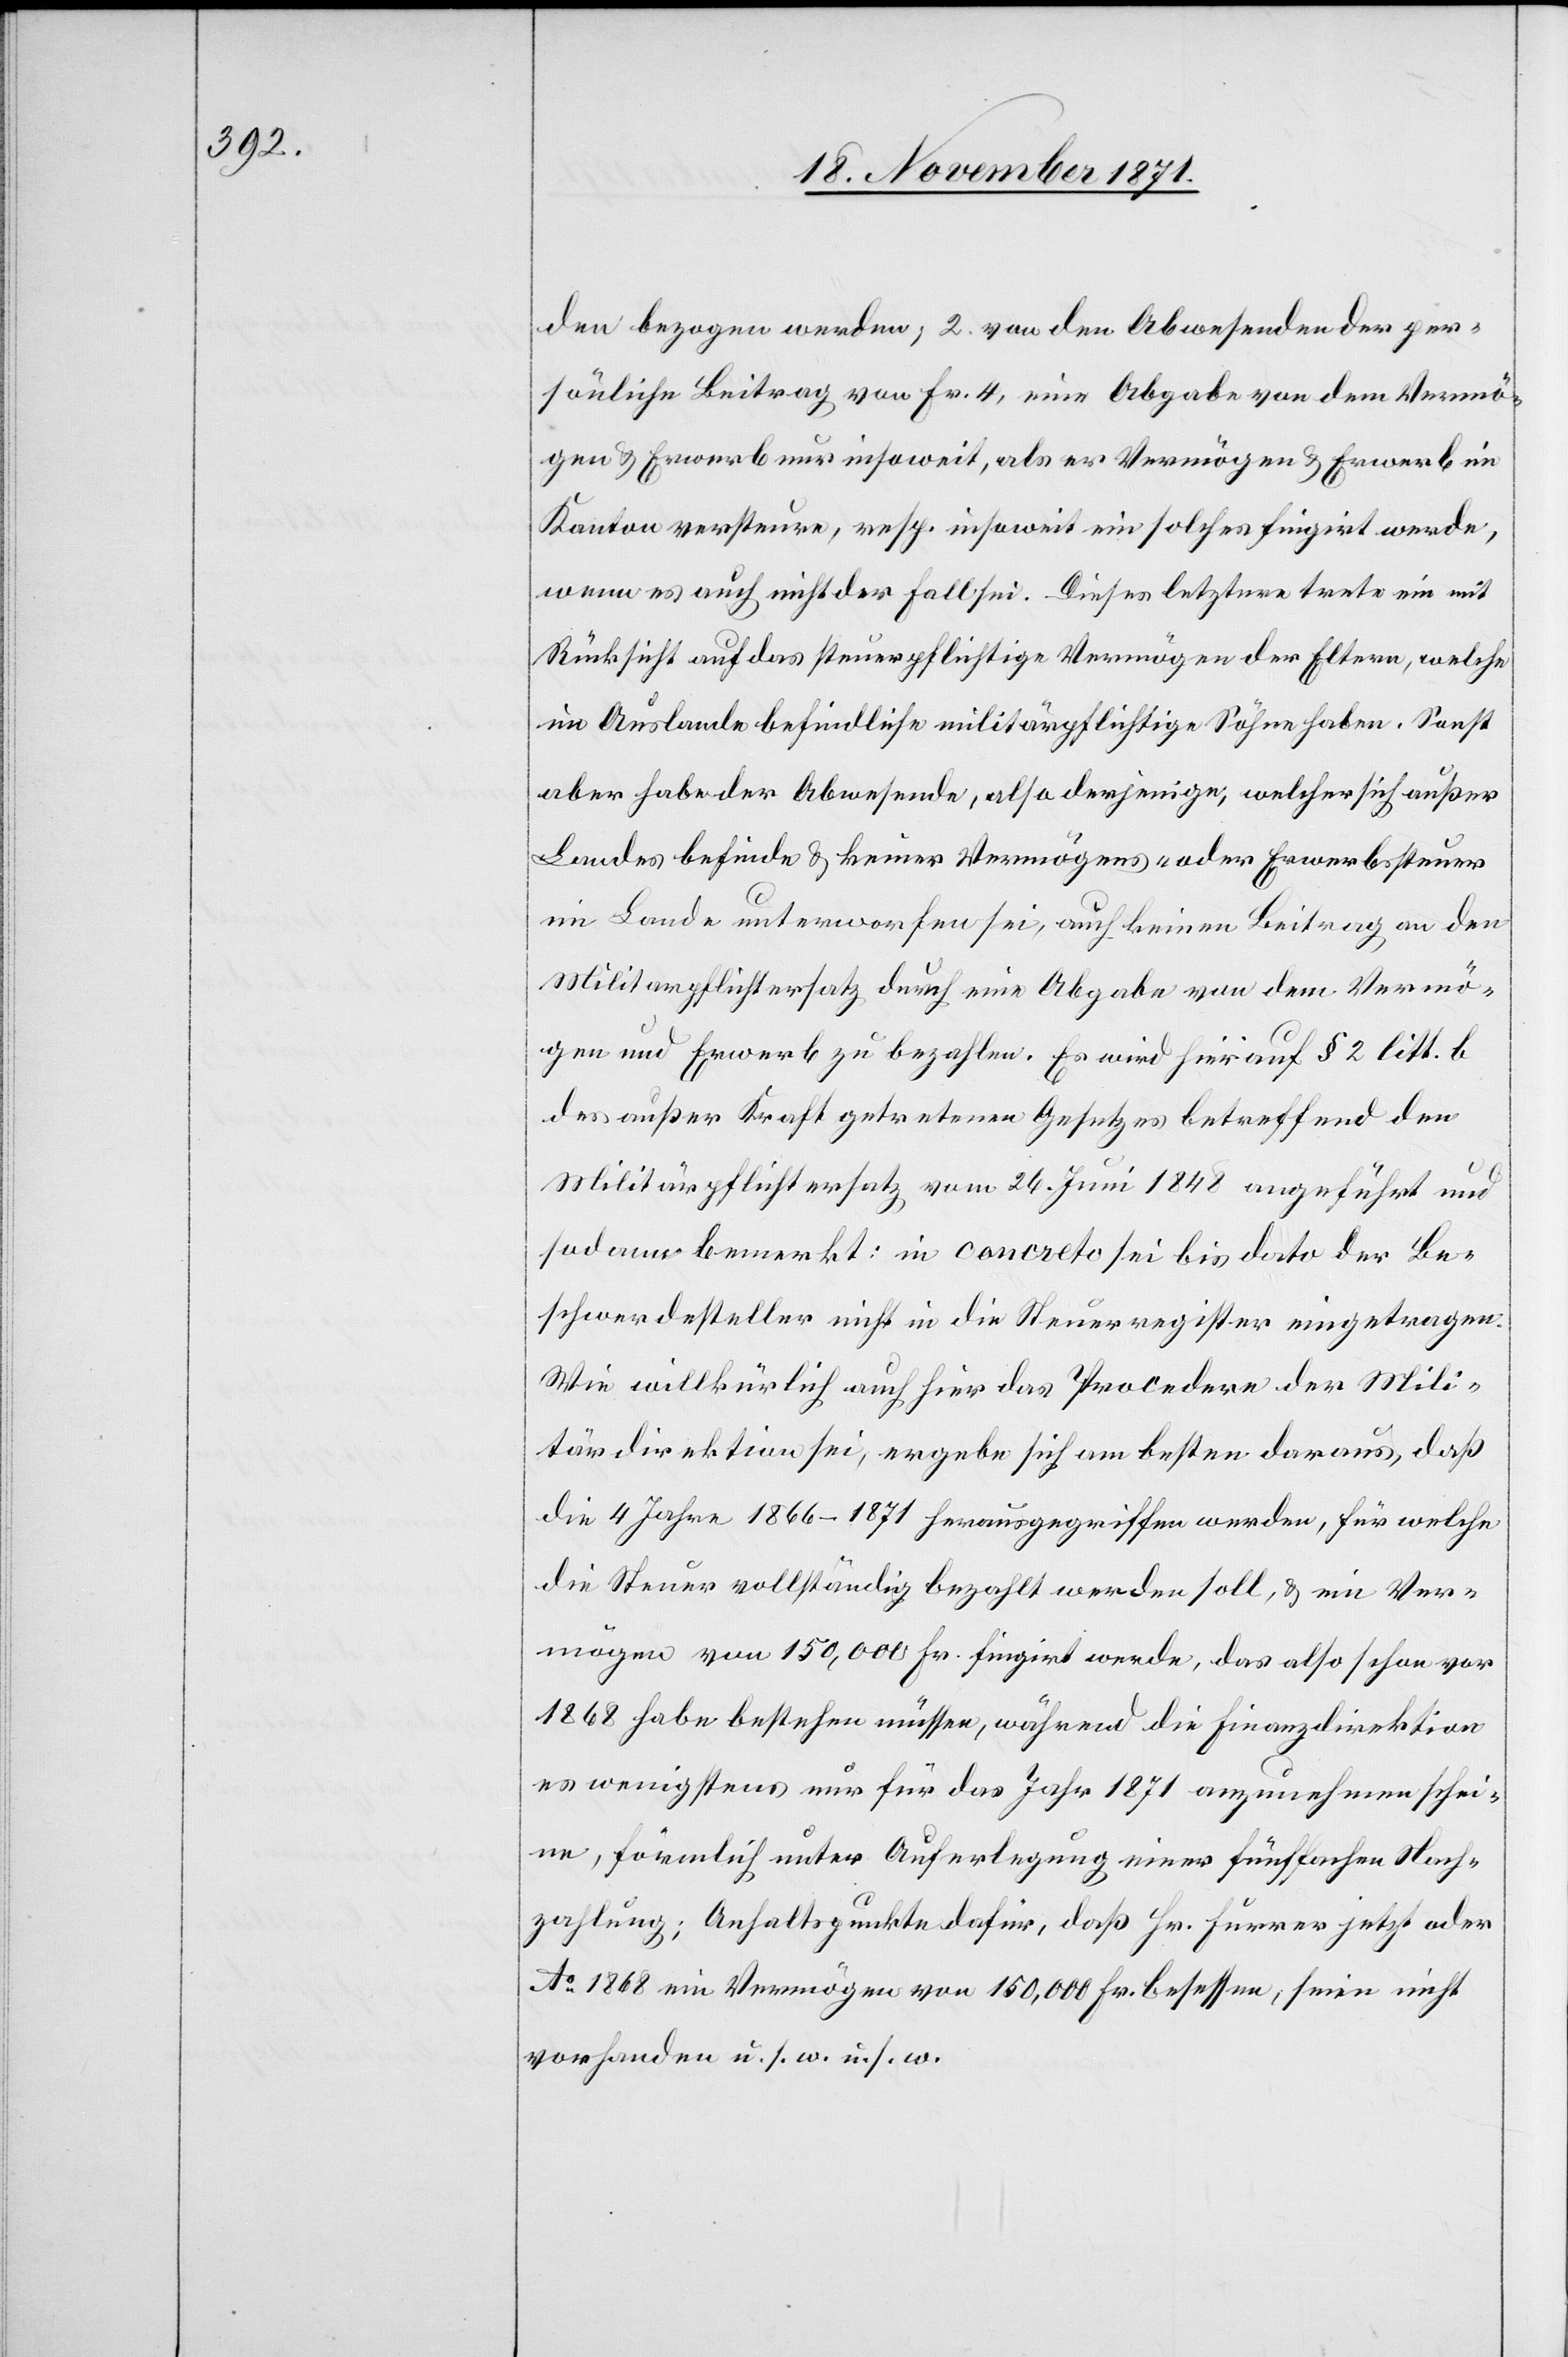
den bezogen werden, 2. von den Abwesenden der per¬
sönliche Beitrag von Fr. 4, eine Abgabe von dem Vermö¬
gen & Erwerb nur insoweit, als er Vermögen & Erwerb im
Kanton versteure, resp. insoweit ein solches fingirt werde,
wenn es auch nicht der Fall sei. Dieses letztere trete ein mit
Rücksicht auf das steuerpflichtige Vermögen der Eltern, welche
im Auslande befindliche militärpflichtige Söhne haben. Sonst
aber habe der Abwesende also derjenige, welcher sich außer
Landes befinde & keiner Vermögens- oder Erwerbssteuer
im Lande unterworfen sei, auch keinen Beitrag an den
Militärpflichtersatz durch eine Abgabe von dem Vermö¬
gen und Erwerb zu bezahlen. Es wird hier auf § 2 litt. b.
des außer Kraft getretenen Gesetzes betreffend den
Militärpflichtersatz vom 26. Juni 1848 angeführt und
sodann bemerkt: in concreto sei bis dato der Be¬
schwerdesteller nicht in die Steuerregister eingetragen.
Wie willkürlich auch hier das Procedere der Mili¬
tärdirektion sei, ergebe sich am besten daraus, daß
die 4 Jahre 1866–1871 herausgegriffen werden, für welche
die Steuer vollständig bezahlt werden soll, & ein Ver¬
mögen von 150,000 Fr. fingirt werde, das also schon vor
1868 habe bestehen müssen, während die Finanzdirektion
es wenigstens nur für das Jahr 1871 anzunehmen schei¬
ne, förmlich unter Auferlegung einer fünffachen Nach¬
zahlung: Anhaltspunkte dahier, daß Hr. Furrer jetzt oder
Ao 1868 ein Vermögen von 150,000 Fr. besessen, seien nicht
vorhanden u. s. w. u. s. w.